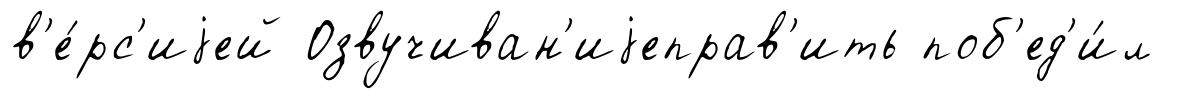
в'е́рс'иjей Озвучиван'иjеправ'ить поб'ед'и́л